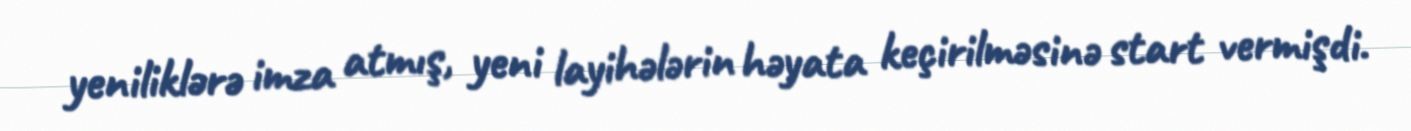
yeniliklərə imza atmış, yeni layihələrin həyata keçirilməsinə start vermişdi.